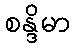
စန္ဒိမာ